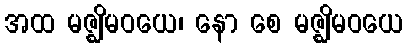
အထ မဇ္ဈိမဝယေ၊ နော စေ မဇ္ဈိမဝယေ